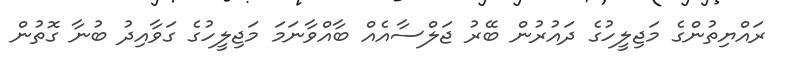
ރައްޔިތުންގެ މަޖިލީހުގެ ދައުރުން ބޭރު ޖަލްސާއެއް ބާއްވާނަމަ މަޖިލީހުގެ ގަވާއިދު ބުނާ ގޮތުން